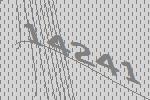
14241